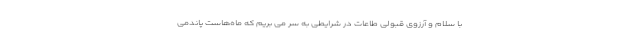
با سلام و آرزوی قبولی طاعات در شرایطی به سر می بریم که ماه‌هاست پاندمی